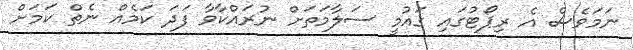
ނަމަވެސް އެ ރިޕޯޓުގައި ގައުމީ ސަލާމަތަށް ނުރައްކާވާ ފަދަ ކަމެއް ނެތް ކަމަށް